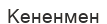
Кененмен